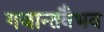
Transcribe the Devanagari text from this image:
गजान्तवैभव